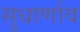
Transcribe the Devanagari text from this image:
सुधार्णाव